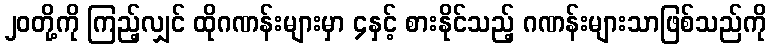
၂၀တို့ကို ကြည့်လျှင် ထိုဂဏန်းများမှာ ၄နှင့် စားနိုင်သည့် ဂဏန်းများသာဖြစ်သည်ကို